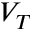
V _ { T }